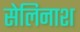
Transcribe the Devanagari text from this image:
सेलिनाश